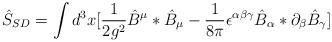
LaTeX: \begin{align*}\hat S_{SD}=\int d^{3}x[\frac{1}{2g^2}\hat B^\mu *\hat B_\mu-\frac{1}{8\pi}\epsilon ^{\alpha\beta\gamma}\hat B_\alpha *\partial _\beta \hat B_\gamma ]\end{align*}